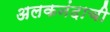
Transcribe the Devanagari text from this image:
अलकनंदाची